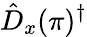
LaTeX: \hat{D}_{x}(\pi)^{\dagger}